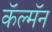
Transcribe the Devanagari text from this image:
कॅल्मॅन